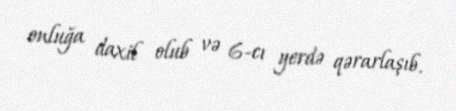
onluğa daxil olub və 6-cı yerdə qərarlaşıb.